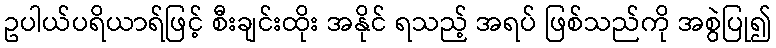
ဥပါယ်ပရိယာရ်ဖြင့် စီးချင်းထိုး အနိုင် ရသည့် အရပ် ဖြစ်သည်ကို အစွဲပြု၍